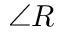
\angle R